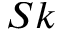
S k